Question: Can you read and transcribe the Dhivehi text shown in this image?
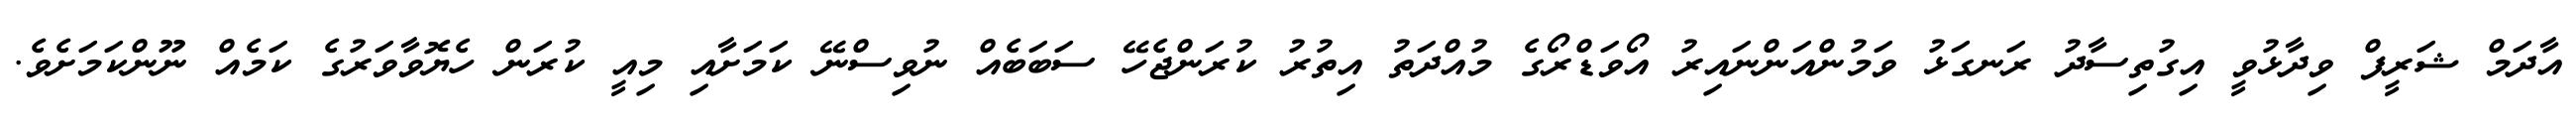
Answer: އާދަމް ޝަރީފް ވިދާޅުވީ އިގުތިސާދު ރަނގަޅު ވަމުންއަންނައިރު އޯވަޑްރޯގެ މުއްދަތު އިތުރު ކުރަންޖެހޭ ސަބަބެއް ނުވިސްނޭ ކަމަށާއި މިއީ ކުރަން ހެޔޮވާވަރުގެ ކަމެއް ނޫންކަމަށެވެ.